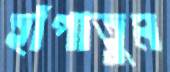
হাঁপাতুম